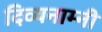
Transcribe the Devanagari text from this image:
दिव्यनाम्नी